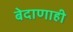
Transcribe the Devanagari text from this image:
बेदाणाही